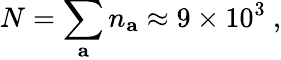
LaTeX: N=\sum_{\mathbf{a}}n_{\mathbf{a}}\approx 9\times 10^{3}~,